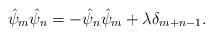
LaTeX: \begin{align*}\hat{\psi }_m \hat{\psi }_n = -\hat{\psi }_n \hat{\psi }_m + \lambda \delta_{m+n-1}.\end{align*}